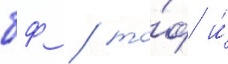
бф / то́ф и́